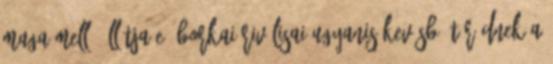
maga mellé állítja-e, Borkai riválisai ugyanis kevésbé törődnek a